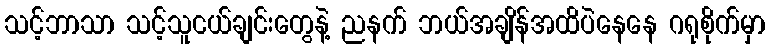
သင့်ဘာသာ သင့်သူငယ်ချင်းတွေနဲ့ ညနက် ဘယ်အချိန်အထိပဲနေနေ ဂရုစိုက်မှာ